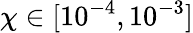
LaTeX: \chi\in[10^{-4},10^{-3}]